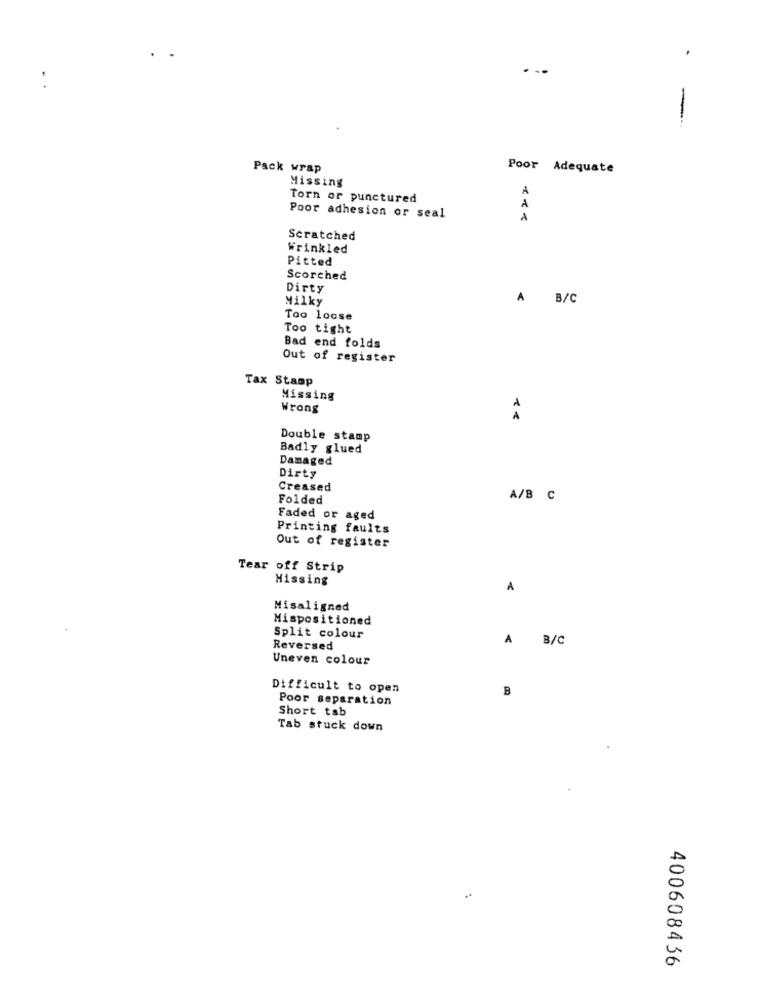
-
Pack wrap
Poor Adequate
Missing
A
Torn or punctured
Poor adhesion or seal
Scratched
Wrinkled
Pitted
Scorched
Dirty
Milky
A B/C
Too loose
Too tight
Bad end folds
Out of register
Tax Stamp
Missing
Wrong
Double stamp
Badly glued
Damaged
Dirty
Creased
Folded
A/B C
Faded or aged
Printing faults
Out of register
Tear off Strip
Missing
A
Misaligned
Mispositioned
Split colour
A
B/C
Reversed
Uneven colour
Difficult to open
B
Poor separation
Short tab
Tab stuck down
400608436